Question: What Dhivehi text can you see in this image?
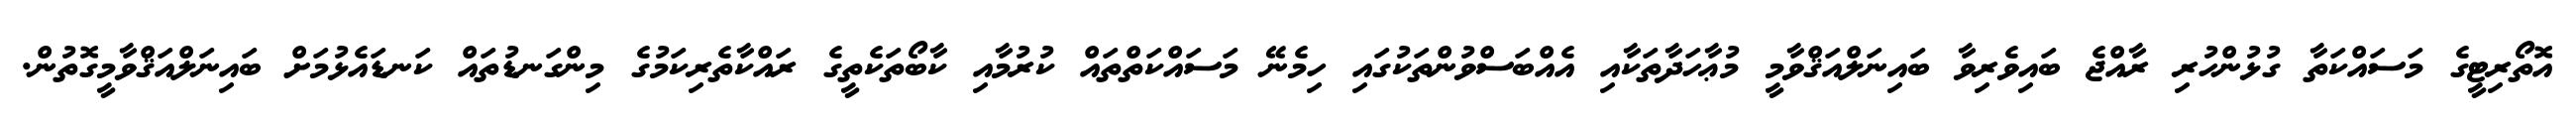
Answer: އޮތޯރިޓީގެ މަސައްކަތާ ގުޅުންހުރި ރާއްޖެ ބައިވެރިވާ ބައިނަލްއަޤްވާމީ މުޢާހަދާތަކާއި އެއްބަސްވުންތަކުގައި ހިމެނޭ މަސައްކަތްތައް ކުރުމާއި ކާބޯތަކެތީގެ ރައްކާތެރިކަމުގެ މިންގަނޑުތައް ކަނޑައެޅުމަށް ބައިނަލްއަޤްވާމީގޮތުން.